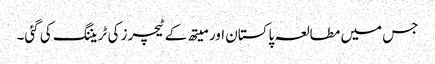
جس میں مطالعہ پاکستان اور میتھ کے ٹیچرز کی ٹریننگ کی گئی۔